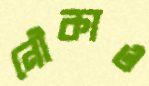
নৌকাও